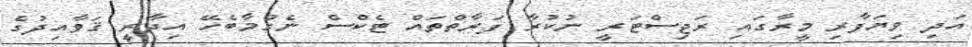
އަދި ވިޔަފާރި މީރާގައި ރަޖިސްޓަރީ ނުކުރާ ފަރާތްތައް ޓެކްސް ނެގުމާބެހޭ އިދާރީ ޤަވާއިދުގެ